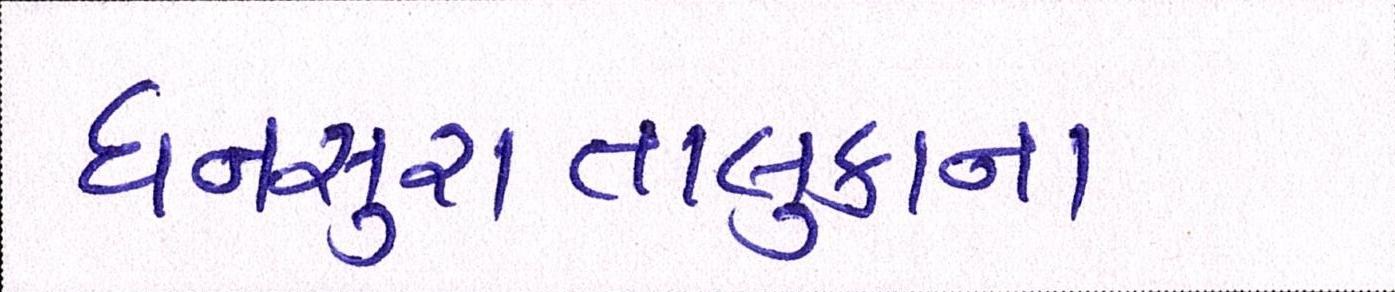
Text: ધનસુરાતાલુકાના